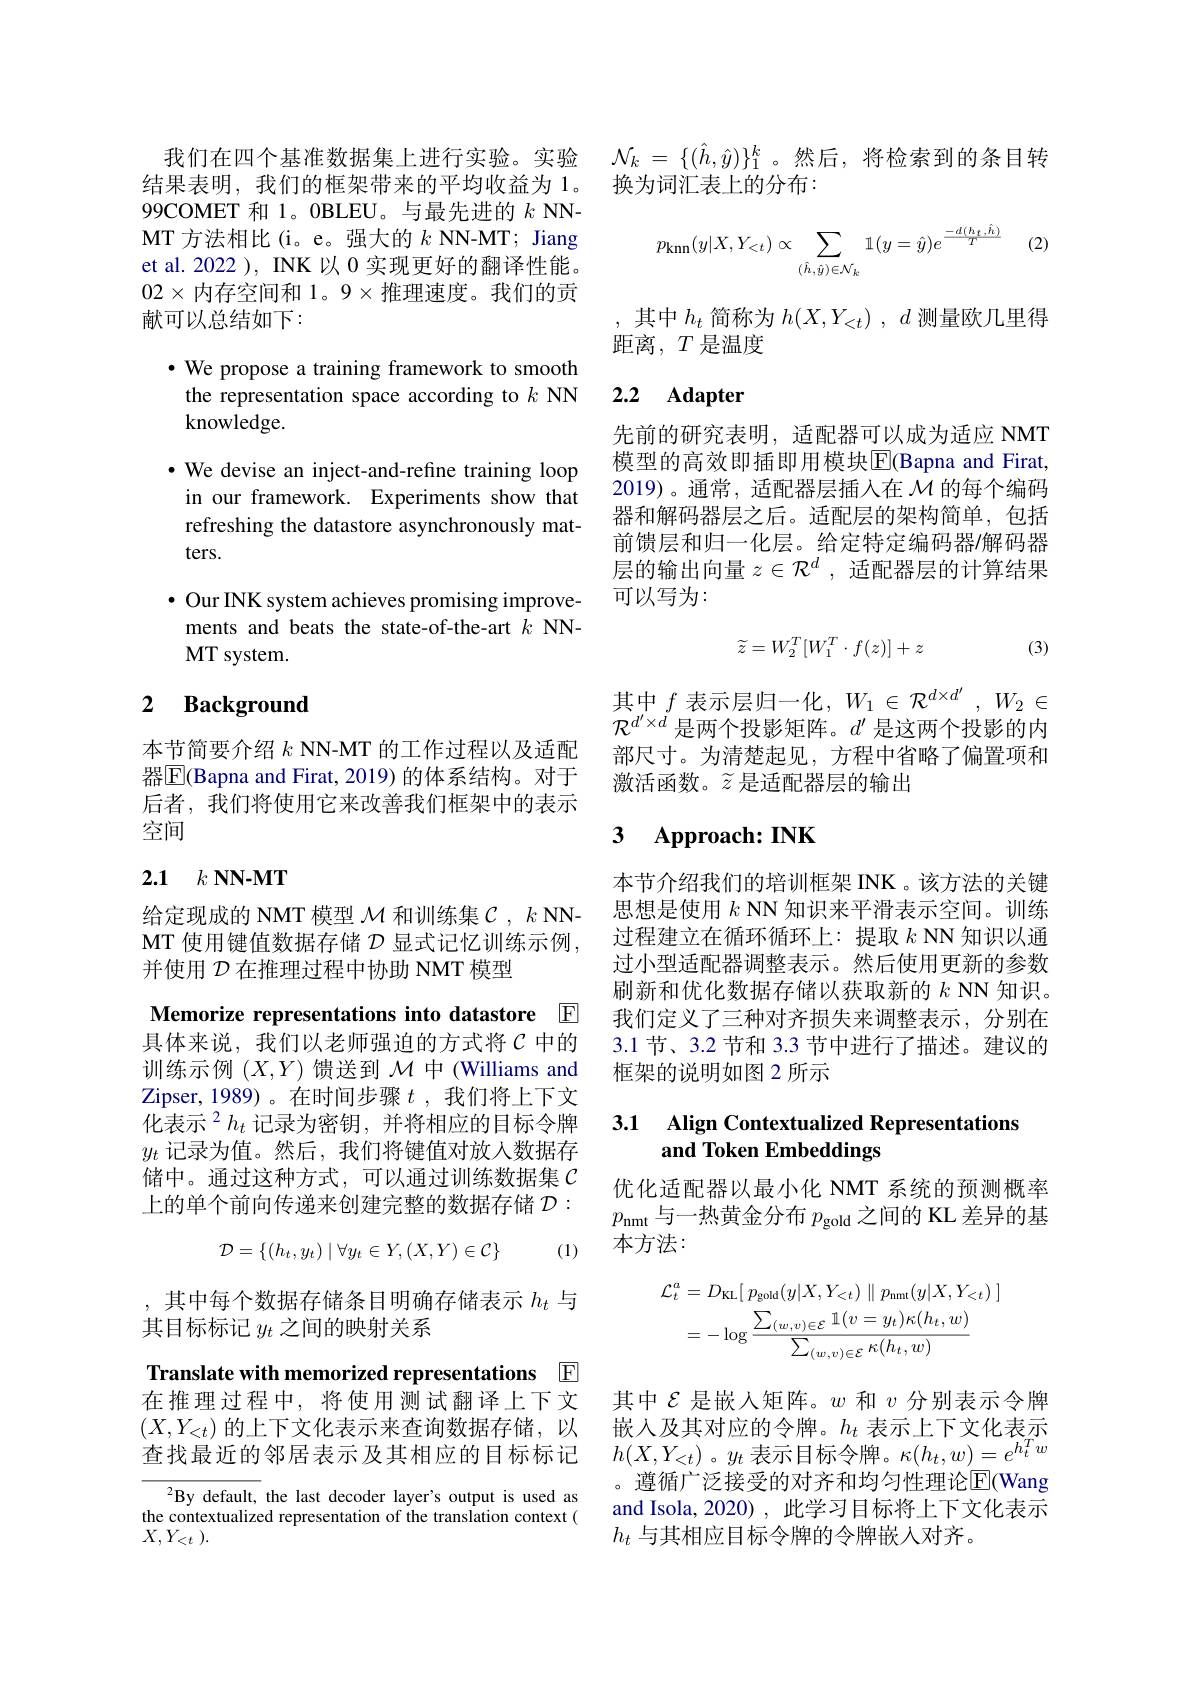
99COMET 和 1。0BLEU。与最先进的$k$ NNMT 方法相比(i。e。强大的$k$ NN-MT; Jiang et al. 2022 ), INK 以0实现更好的翻译性能。$02\times$内存空间和 1。9$\times$推理速度。我们的贡献可以总结如下：

$\bullet$ We propose a training framework to smooth the representation space according to $k$ NN knowledge.

$\bullet$ We devise an inject-and-refine training loop in our framework. Experiments show that refreshing the datastore asynchronously matters.
$\bullet$ Our INK system achieves promising improvements and beats the state-of-the-art $k$ NNMT system.

### 2 $\textbf{Background}$

本节简要介绍$k$ NN-MT 的工作过程以及适配器$\overline{\mathbb{E}}$(Bapna and Firat, 2019) 的体系结构。对于后者，我们将使用它来改善我们框架中的表示空间

# 2.1 $k\textbf{ NN- MT}$

给定现成的 NMT 模型$\mathcal{M}$和训练集$\mathcal{C},k$ NNMT 使用键值数据存储$\mathcal{D}$显式记忆训练示例， 并使用$\mathcal{D}$在推理过程中协助 NMT 模型

Memorize representations into datastore E

具体来说，我们以老师强迫的方式将$\mathcal{C}$中的训练示例$(X,Y)$馈送到$\mathcal{M}$中 (Williams and Zipser,1989)。在时间步骤$t$,我们将上下文化表示$^2h_t$记录为密钥，并将相应的目标令牌$y_t$记录为值。然后，我们将键值对放入数据存储中。通过这种方式，可以通过训练数据集$\mathcal{C}$ 上的单个前向传递来创建完整的数据存储$\mathcal{D}:$
$$\mathcal{D}=\{(h_t,y_t)\mid\forall y_t\in Y,(X,Y)\in\mathcal{C}\}$$
(1)

,其中每个数据存储条目明确存储表示$h_t$与
其目标标记$y_t$之间的映射关系

Translate with memorized representations E

在推理过程中，将使用测试翻译上下文$\left(X,Y_{<t}\right)$的上下文化表示来查询数据存储，以查找最近的邻居表示及其相应的目标标记

$^{2}$By default, the last decoder layer's output is used as the contextualized representation of the translation context ( $X, Y_{< t}$ ).

我们在四个基准数据集上进行实验。实验$\mathcal{N}_k=\{(\hat{h},\hat{y})\}_1^k$。然后，将检索到的条目转
结果表明，我们的框架带来的平均收益为 1。换为词汇表上的分布：
$$p_{\mathrm{knn}}(y|X,Y_{<t})\propto\sum_{(\hat{h},\hat{y})\in\mathcal{N}_{k}}\mathbb{1}(y=\hat{y})e^{\frac{-d(h_{t},\hat{h})}{T}}\quad(2$$
,其中$h_t$简称为$h(X,Y_<t),d$测量欧几里得
距离，$T$是温度

# 2.2 Adapter

先前的研究表明，适配器可以成为适应 NMT 模型的高效即插即用模块$\overline{\mathbb{E}}$(Bapna and Firat, 2019)。通常，适配器层插入在$\mathcal{M}$的每个编码器和解码器层之后。适配层的架构简单，包括前馈层和归一化层。给定特定编码器/解码器层的输出向量$z\in\mathcal{R}^d$ ,适配器层的计算结果可以写为：
$$\widetilde{z}=W_2^T[W_1^T\cdot f(z)]+z\quad(3)$$
其中$f$ 表示层归一化，$W_1\in\mathcal{R}^d\times d^{\prime},W_2\in$ $\mathcal{R}^{d^{\prime}\times d}$是两个投影矩阵。$d^\prime$是这两个投影的内

部尺寸。为清楚起见，方程中省略了偏置项和
激活函数。$\widetilde{z}$是适配器层的输出

## 3 Approach: INK

本节介绍我们的培训框架 INK 。该方法的关键思想是使用$k$ NN 知识来平滑表示空间。训练过程建立在循环循环上：提取$k$ NN 知识以通过小型适配器调整表示。然后使用更新的参数刷新和优化数据存储以获取新的$k$ NN 知识。我们定义了三种对齐损失来调整表示，分别在3.1节、3.2 节和 3.3 节中进行了描述。建议的框架的说明如图 2 所示

## 3.1 Align Contextualized Representations and Token Embeddings

优化适配器以最小化 NMT 系统的预测概率$p_{\mathrm{nmt}}$与一热黄金分布 $p_\mathrm{gold}$ 之间的 KL 差异的基本方法：
$$\mathcal{L}_{t}^{a}=D_{\mathrm{KL}}[\:p_{\mathrm{gold}}(y|X,Y_{<t})\parallel p_{\mathrm{nmt}}(y|X,Y_{<t})\:]\\=-\log\frac{\sum_{(w,v)\in\mathcal{E}}\mathbb{1}(v=y_{t})\kappa(h_{t},w)}{\sum_{(w,v)\in\mathcal{E}}\kappa(h_{t},w)}$$
其中$\mathcal{E}$是嵌入矩阵。$w$ 和 $v$ 分别表示令牌嵌入及其对应的令牌。$h_t$表示上下文化表示$h(X,Y_{<t})$。$y_t$表示目标令牌。$\kappa(h_t,w)=e^h_t^Tw$ 。遵循广泛接受的对齐和均匀性理论$\overline{\mathrm{E}}($Wang and Isola, 2020) , 此学习目标将上下文化表示$h_t$与其相应目标令牌的令牌嵌人对齐。